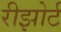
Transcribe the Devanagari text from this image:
रीझोर्ट